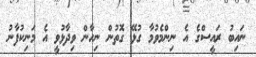
ނައިބު ރައީސްގެ އެ ނިންމެވުމާ ގުޅޭ ގޮތުން ނިހާން ވިދާޅުވީ އެ މަނިކުފާނު